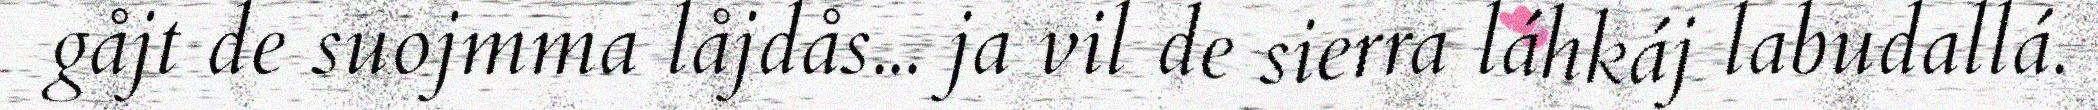
gåjt de suojmma låjdås... ja vil de sierra láhkáj labudallá.